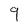
Character: 9